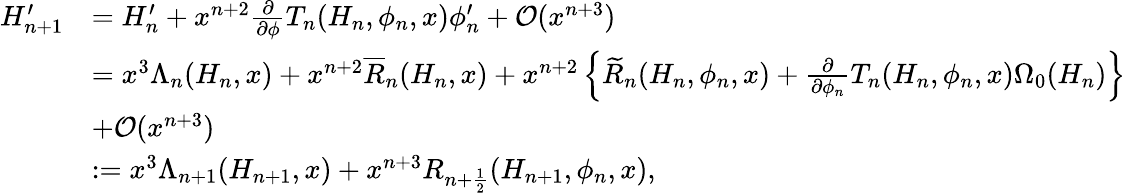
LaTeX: \begin{array}{rl}{H_{n+1}^{\prime}}&{=H_{n}^{\prime}+x^{n+2}\frac{\partial}{\partial\phi}T_{n}(H_{n},\phi_{n},x)\phi_{n}^{\prime}+\mathcal O(x^{n+3})}\\ &{=x^{3}\Lambda_{n}(H_{n},x)+x^{n+2}\overline{R}_{n}(H_{n},x)+x^{n+2}\left\{ \widetilde R_{n}(H_{n},\phi_{n},x)+\frac{\partial}{\partial\phi_{n}}T_{n}(H_{n},\phi_{n},x)\Omega_{0}(H_{n})\right\} }\\ &{+\mathcal O(x^{n+3})}\\ &{:=x^{3}\Lambda_{n+1}(H_{n+1},x)+x^{n+3}R_{n+\frac 12}(H_{n+1},\phi_{n},x),}\end{array}